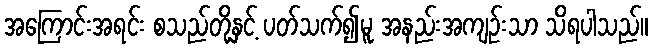
အကြောင်းအရင်း စသည်တို့နှင့် ပတ်သက်၍မူ အနည်းအကျဉ်းသာ သိရပါသည်။